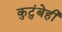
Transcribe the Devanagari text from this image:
कुटुंबेही